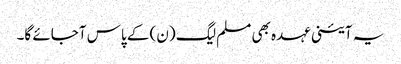
یہ آئینی عہدہ بھی مسلم لیگ (ن) کے پاس آجائے گا۔